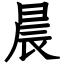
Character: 晨